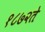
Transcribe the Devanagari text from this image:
१८७२ते